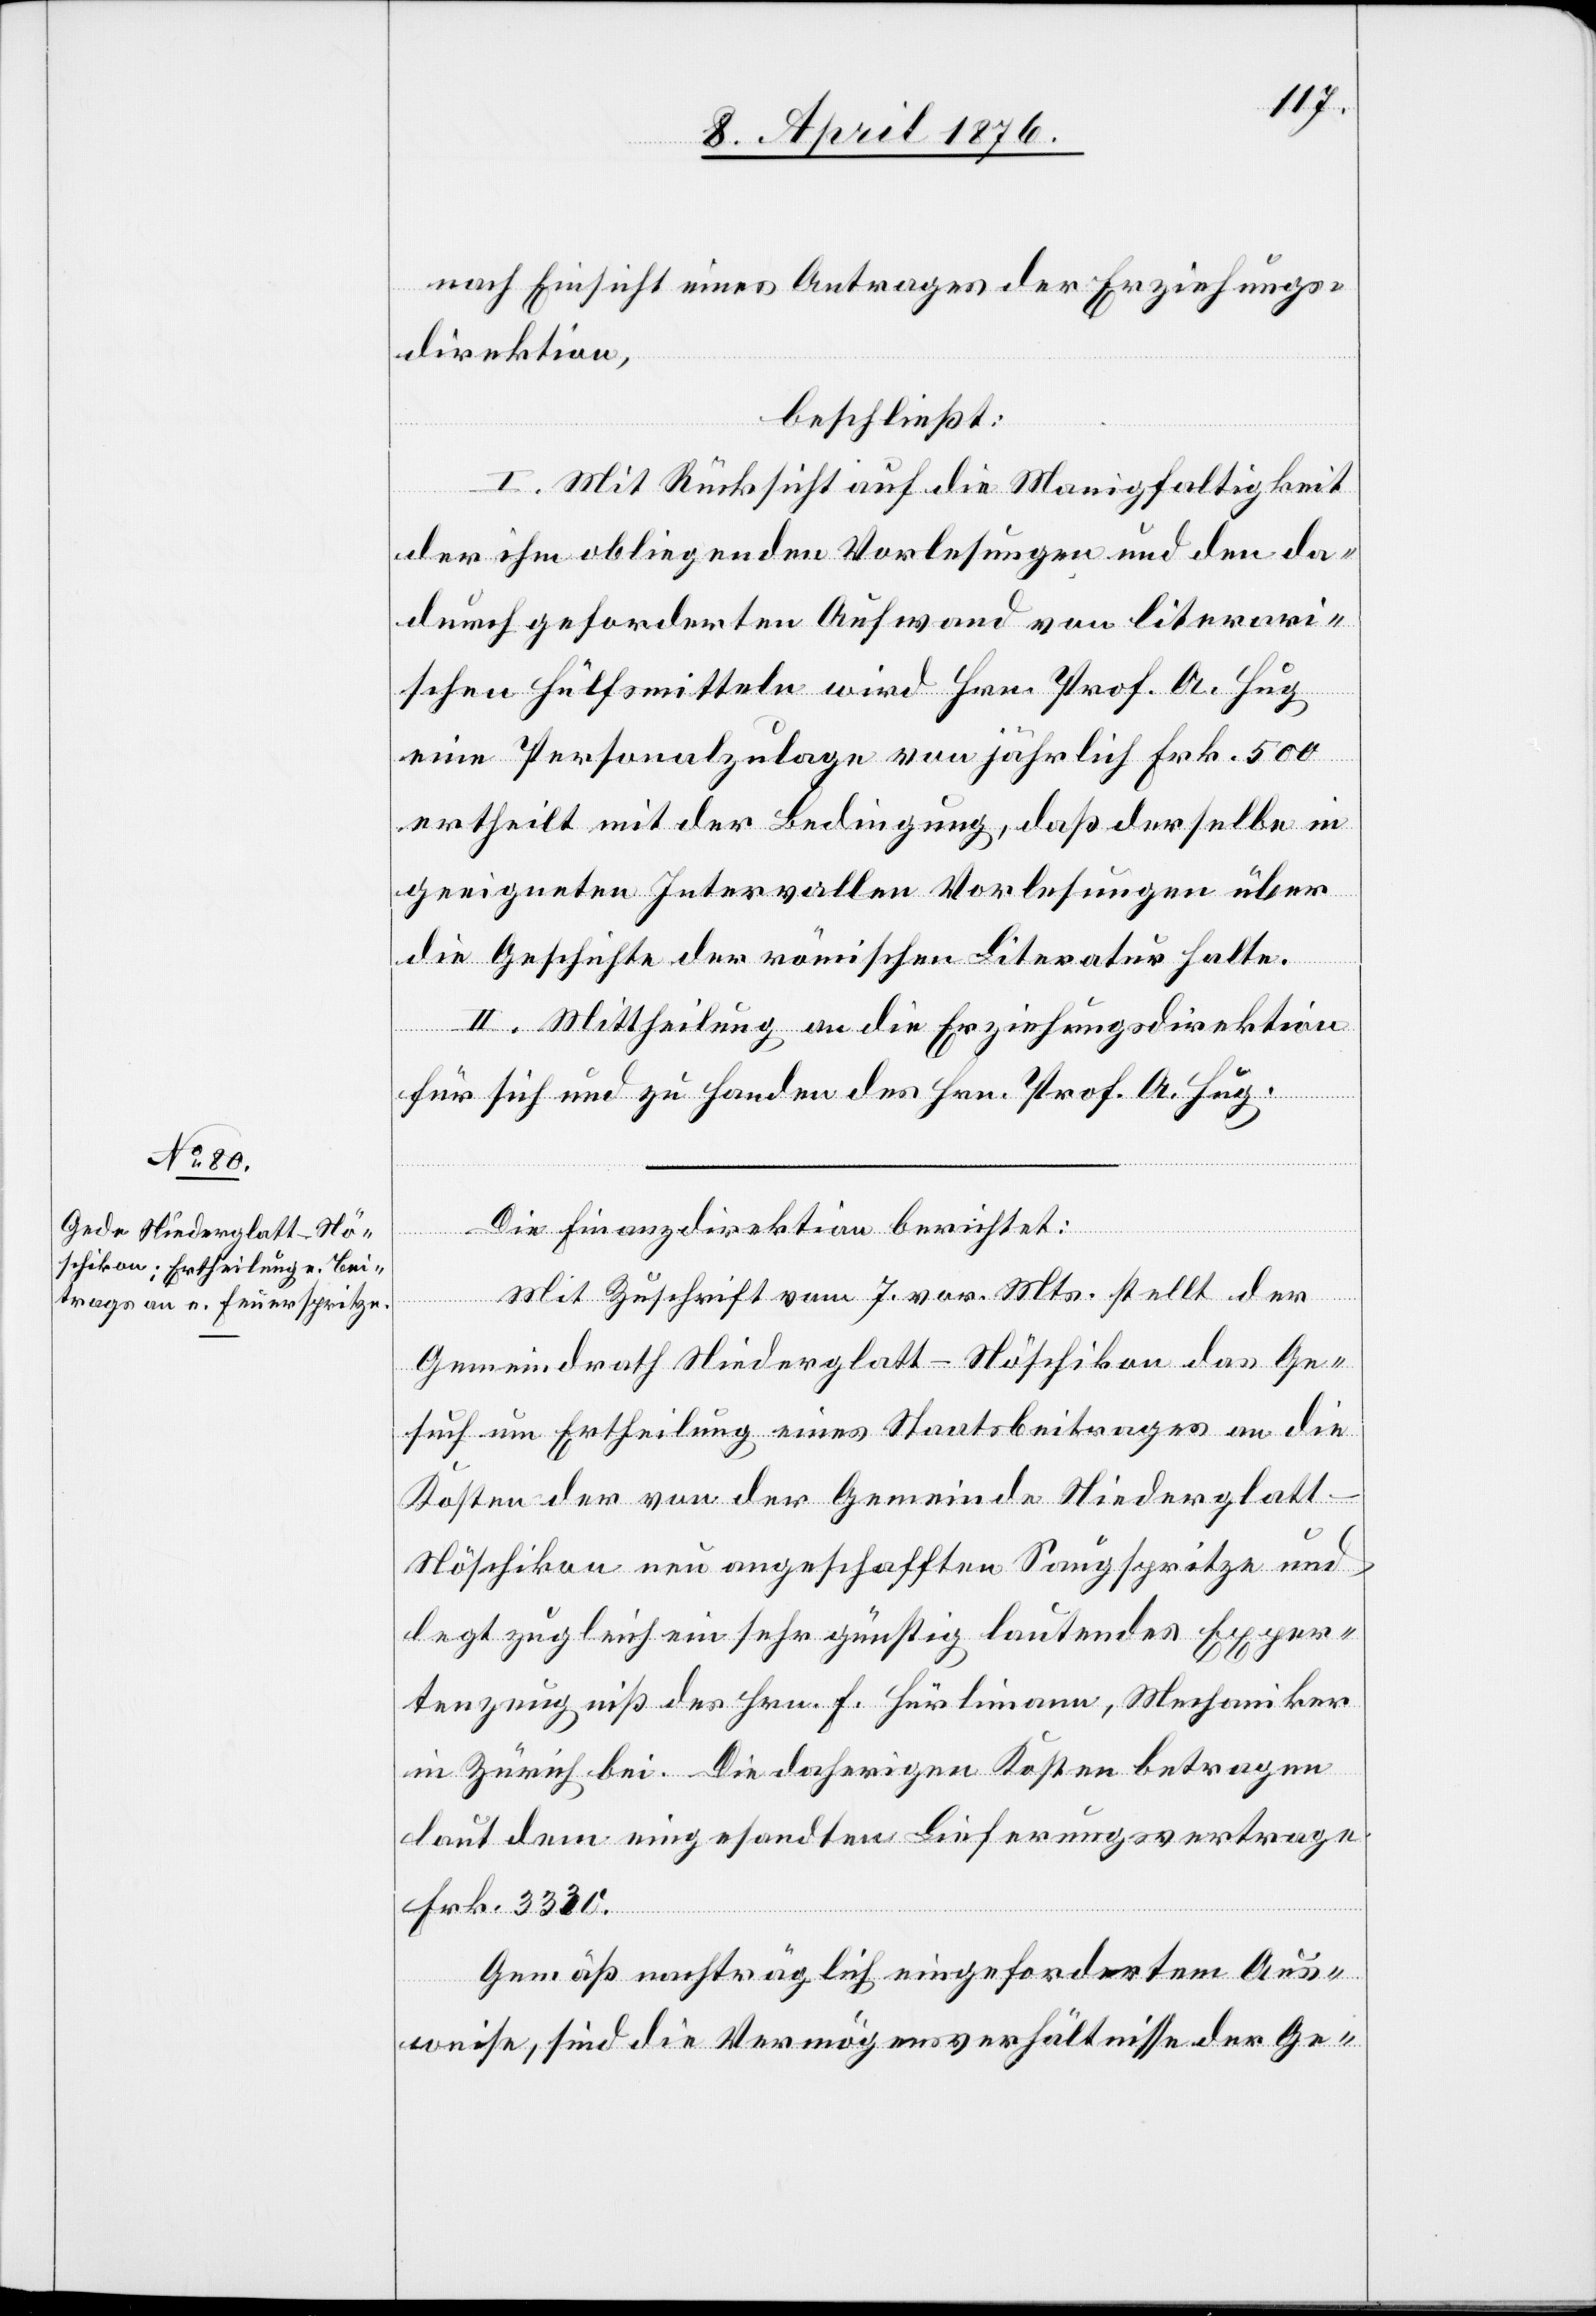
nach Einsicht eines Antrages der Erziehungs¬
direktion,
beschließt:
I. Mit Rücksicht auf die Manigfaltigkeit
der ihm obliegenden Vorlesungen und den da¬
durch geforderten Aufwand von literar¬
ischen Hülfsmitteln wird Hrn. Prof. A. Hug
eine Personalzulage von jährlich Frk. 500
ertheilt mit der Bedingung, daß derselbe in
geeigneten Intervallen Vorlesungen über
die Geschichte der römischen Literatur halte.
II. Mittheilung an die Erziehungsdirektion
für sich und zu Handen des Hrn. Prof. A. Hug.
Die Finanzdirektion berichtet:
Mit Zuschrift vom 7. vor. Mts. stellt der
Gemeindrath Niederglatt-Nöschikon das Ge¬
such um Ertheilung eines Staatsbeitrages an die
Kosten der von der Gemeinde Niederglat¬
t-Nöschikon neu angeschafften Saugspritze und
legt zugleich ein sehr günstig lautendes Exper¬
tenzeugniß des Hrn. F. Hürlimann, Mechaniker
in Zürich bei. Die daherigen Kosten betragen
laut dem eingesandten Lieferungsvertrage
Frk. 3330.
Gemäß nachträglich eingefordertem Aus¬
weise, sind die Vermögensverhältnisse der Ge-